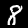
Digit: 8